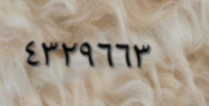
٤٣٢٩٦٦٣